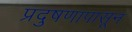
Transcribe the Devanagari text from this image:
प्रदुषणापासून